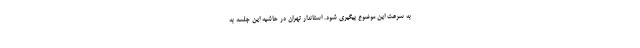
به سرعت این موضوع پیگیری شود. استاندار تهران در حاشیه این جلسه به